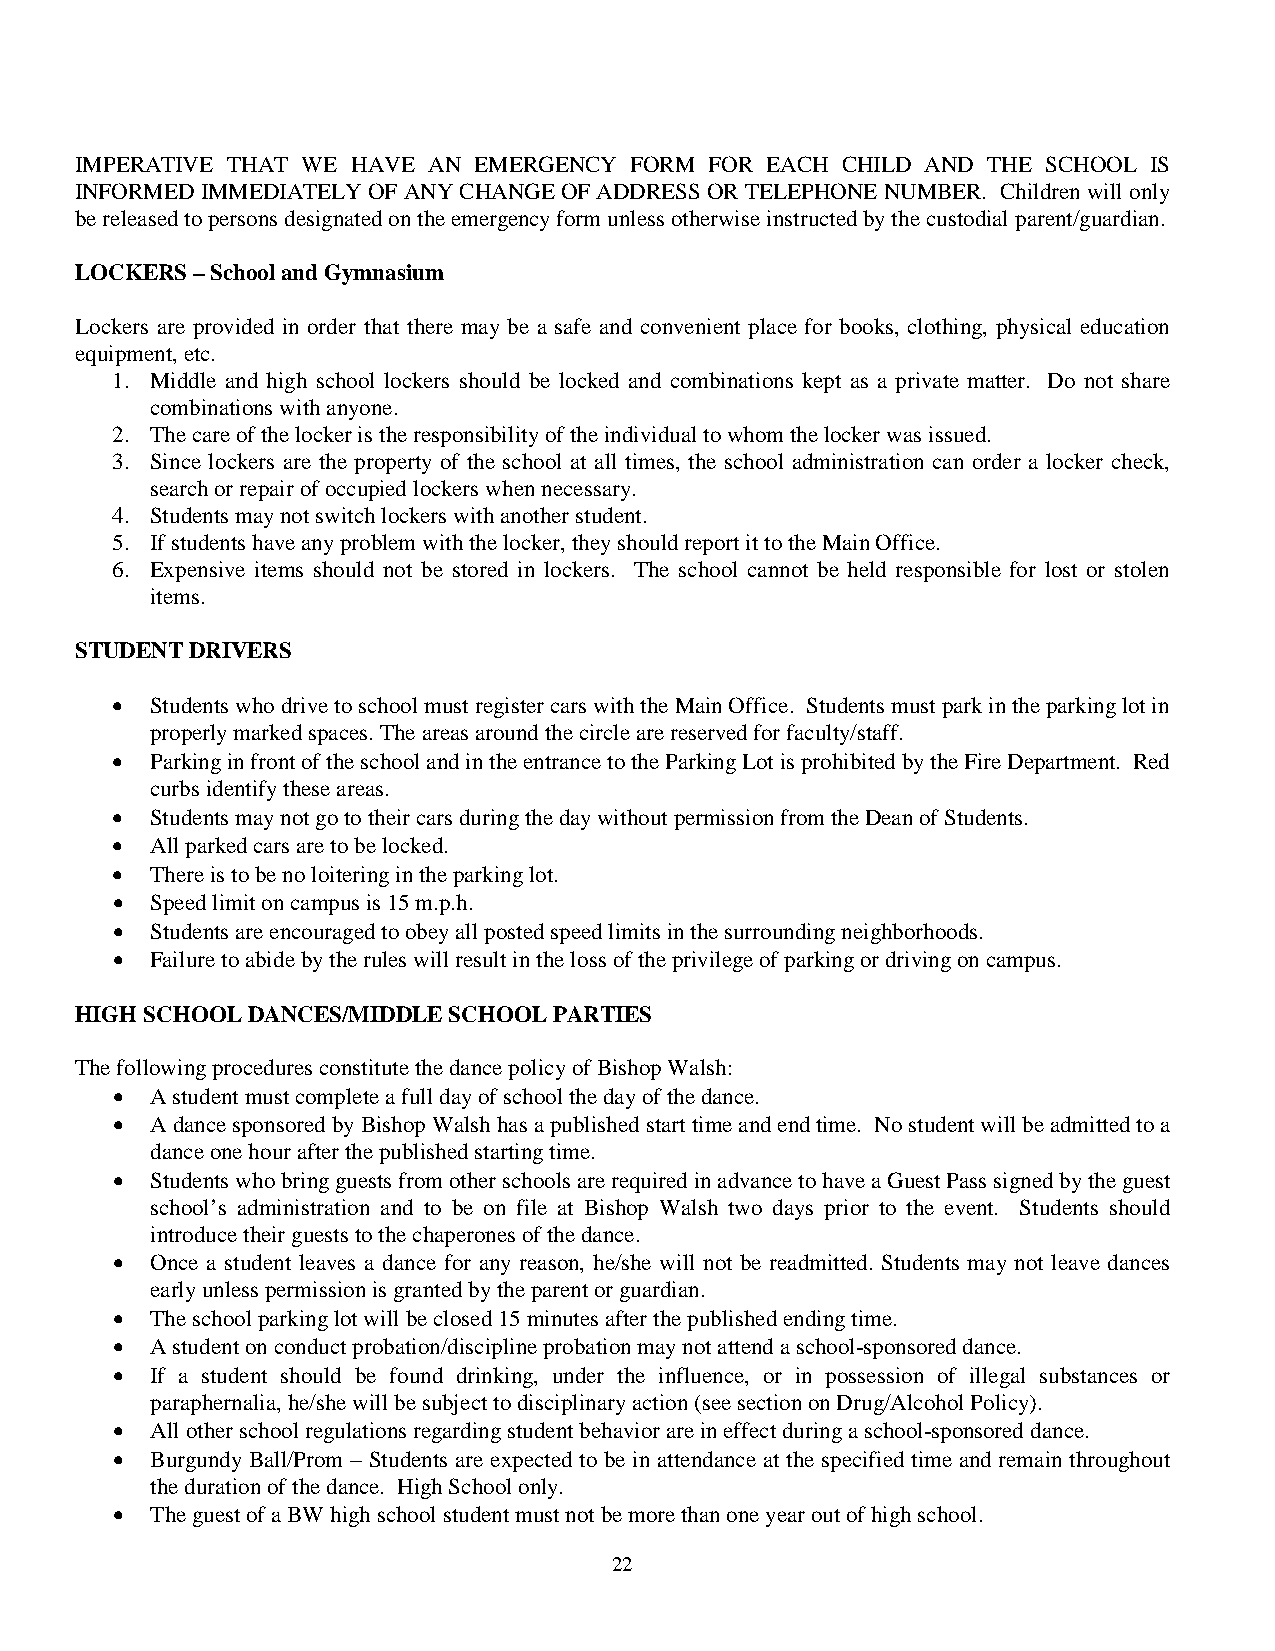
IMPERATIVE THAT WE HAVE AN EMERGENCY FORM FOR EACH CHILD AND THE SCHOOL IS
 INFORMED IMMEDIATELY OF ANY CHANGE OF ADDRESS OR TELEPHONE NUMBER. Children will only
 be released to persons designated on the emergency form unless otherwise instructed by the custodial parent/guardian.
 LOCKERS – School and Gymnasium
 Lockers are provided in order that there may be a safe and convenient place for books, clothing, physical education
 equipment, etc.
 1. Middle and high school lockers should be locked and combinations kept as a private matter. Do not share
 combinations with anyone.
 2. The care of the locker is the responsibility of the individual to whom the locker was issued.
 3. Since lockers are the property of the school at all times, the school administration can order a locker check,
 search or repair of occupied lockers when necessary.
 4. Students may not switch lockers with another student.
 5. If students have any problem with the locker, they should report it to the Main Office.
 6. Expensive items should not be stored in lockers. The school cannot be held responsible for lost or stolen
 items.
 STUDENT DRIVERS
 •  Students who drive to school must register cars with the Main Office. Students must park in the parking lot in
 properly marked spaces. The areas around the circle are reserved for faculty/staff.
 •  Parking in front of the school and in the entrance to the Parking Lot is prohibited by the Fire Department. Red
 curbs identify these areas.
 •  Students may not go to their cars during the day without permission from the Dean of Students.
 •  All parked cars are to be locked.
 •  There is to be no loitering in the parking lot.
 •  Speed limit on campus is 15 m.p.h.
 •  Students are encouraged to obey all posted speed limits in the surrounding neighborhoods.
 •  Failure to abide by the rules will result in the loss of the privilege of parking or driving on campus.
 HIGH SCHOOL DANCES/MIDDLE SCHOOL PARTIES
 The following procedures constitute the dance policy of Bishop Walsh:
 •  A student must complete a full day of school the day of the dance.
 •  A dance sponsored by Bishop Walsh has a published start time and end time. No student will be admitted to a
 dance one hour after the published starting time.
 •  Students who bring guests from other schools are required in advance to have a Guest Pass signed by the guest
 school’s administration and to be on file at Bishop Walsh two days prior to the event. Students should
 introduce their guests to the chaperones of the dance.
 •  Once a student leaves a dance for any reason, he/she will not be readmitted. Students may not leave dances
 early unless permission is granted by the parent or guardian.
 •  The school parking lot will be closed 15 minutes after the published ending time.
 •  A student on conduct probation/discipline probation may not attend a school-sponsored dance.
 •  If a student should be found drinking, under the influence, or in possession of illegal substances or
 paraphernalia, he/she will be subject to disciplinary action (see section on Drug/Alcohol Policy).
 •  All other school regulations regarding student behavior are in effect during a school-sponsored dance.
 •  Burgundy Ball/Prom – Students are expected to be in attendance at the specified time and remain throughout
 the duration of the dance. High School only.
 •  The guest of a BW high school student must not be more than one year out of high school.
 22